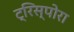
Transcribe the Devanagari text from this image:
ट्रिस्पोरा